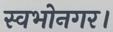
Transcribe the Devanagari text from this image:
स्वभोनगर।